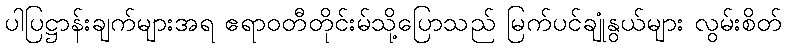
ပါပြဋ္ဌာန်းချက်များအရ ဧရာဝတီတိုင်းမ်သို့ပြောသည် မြက်ပင်ချုံနွယ်များ လွမ်းစိတ်